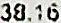
38.16